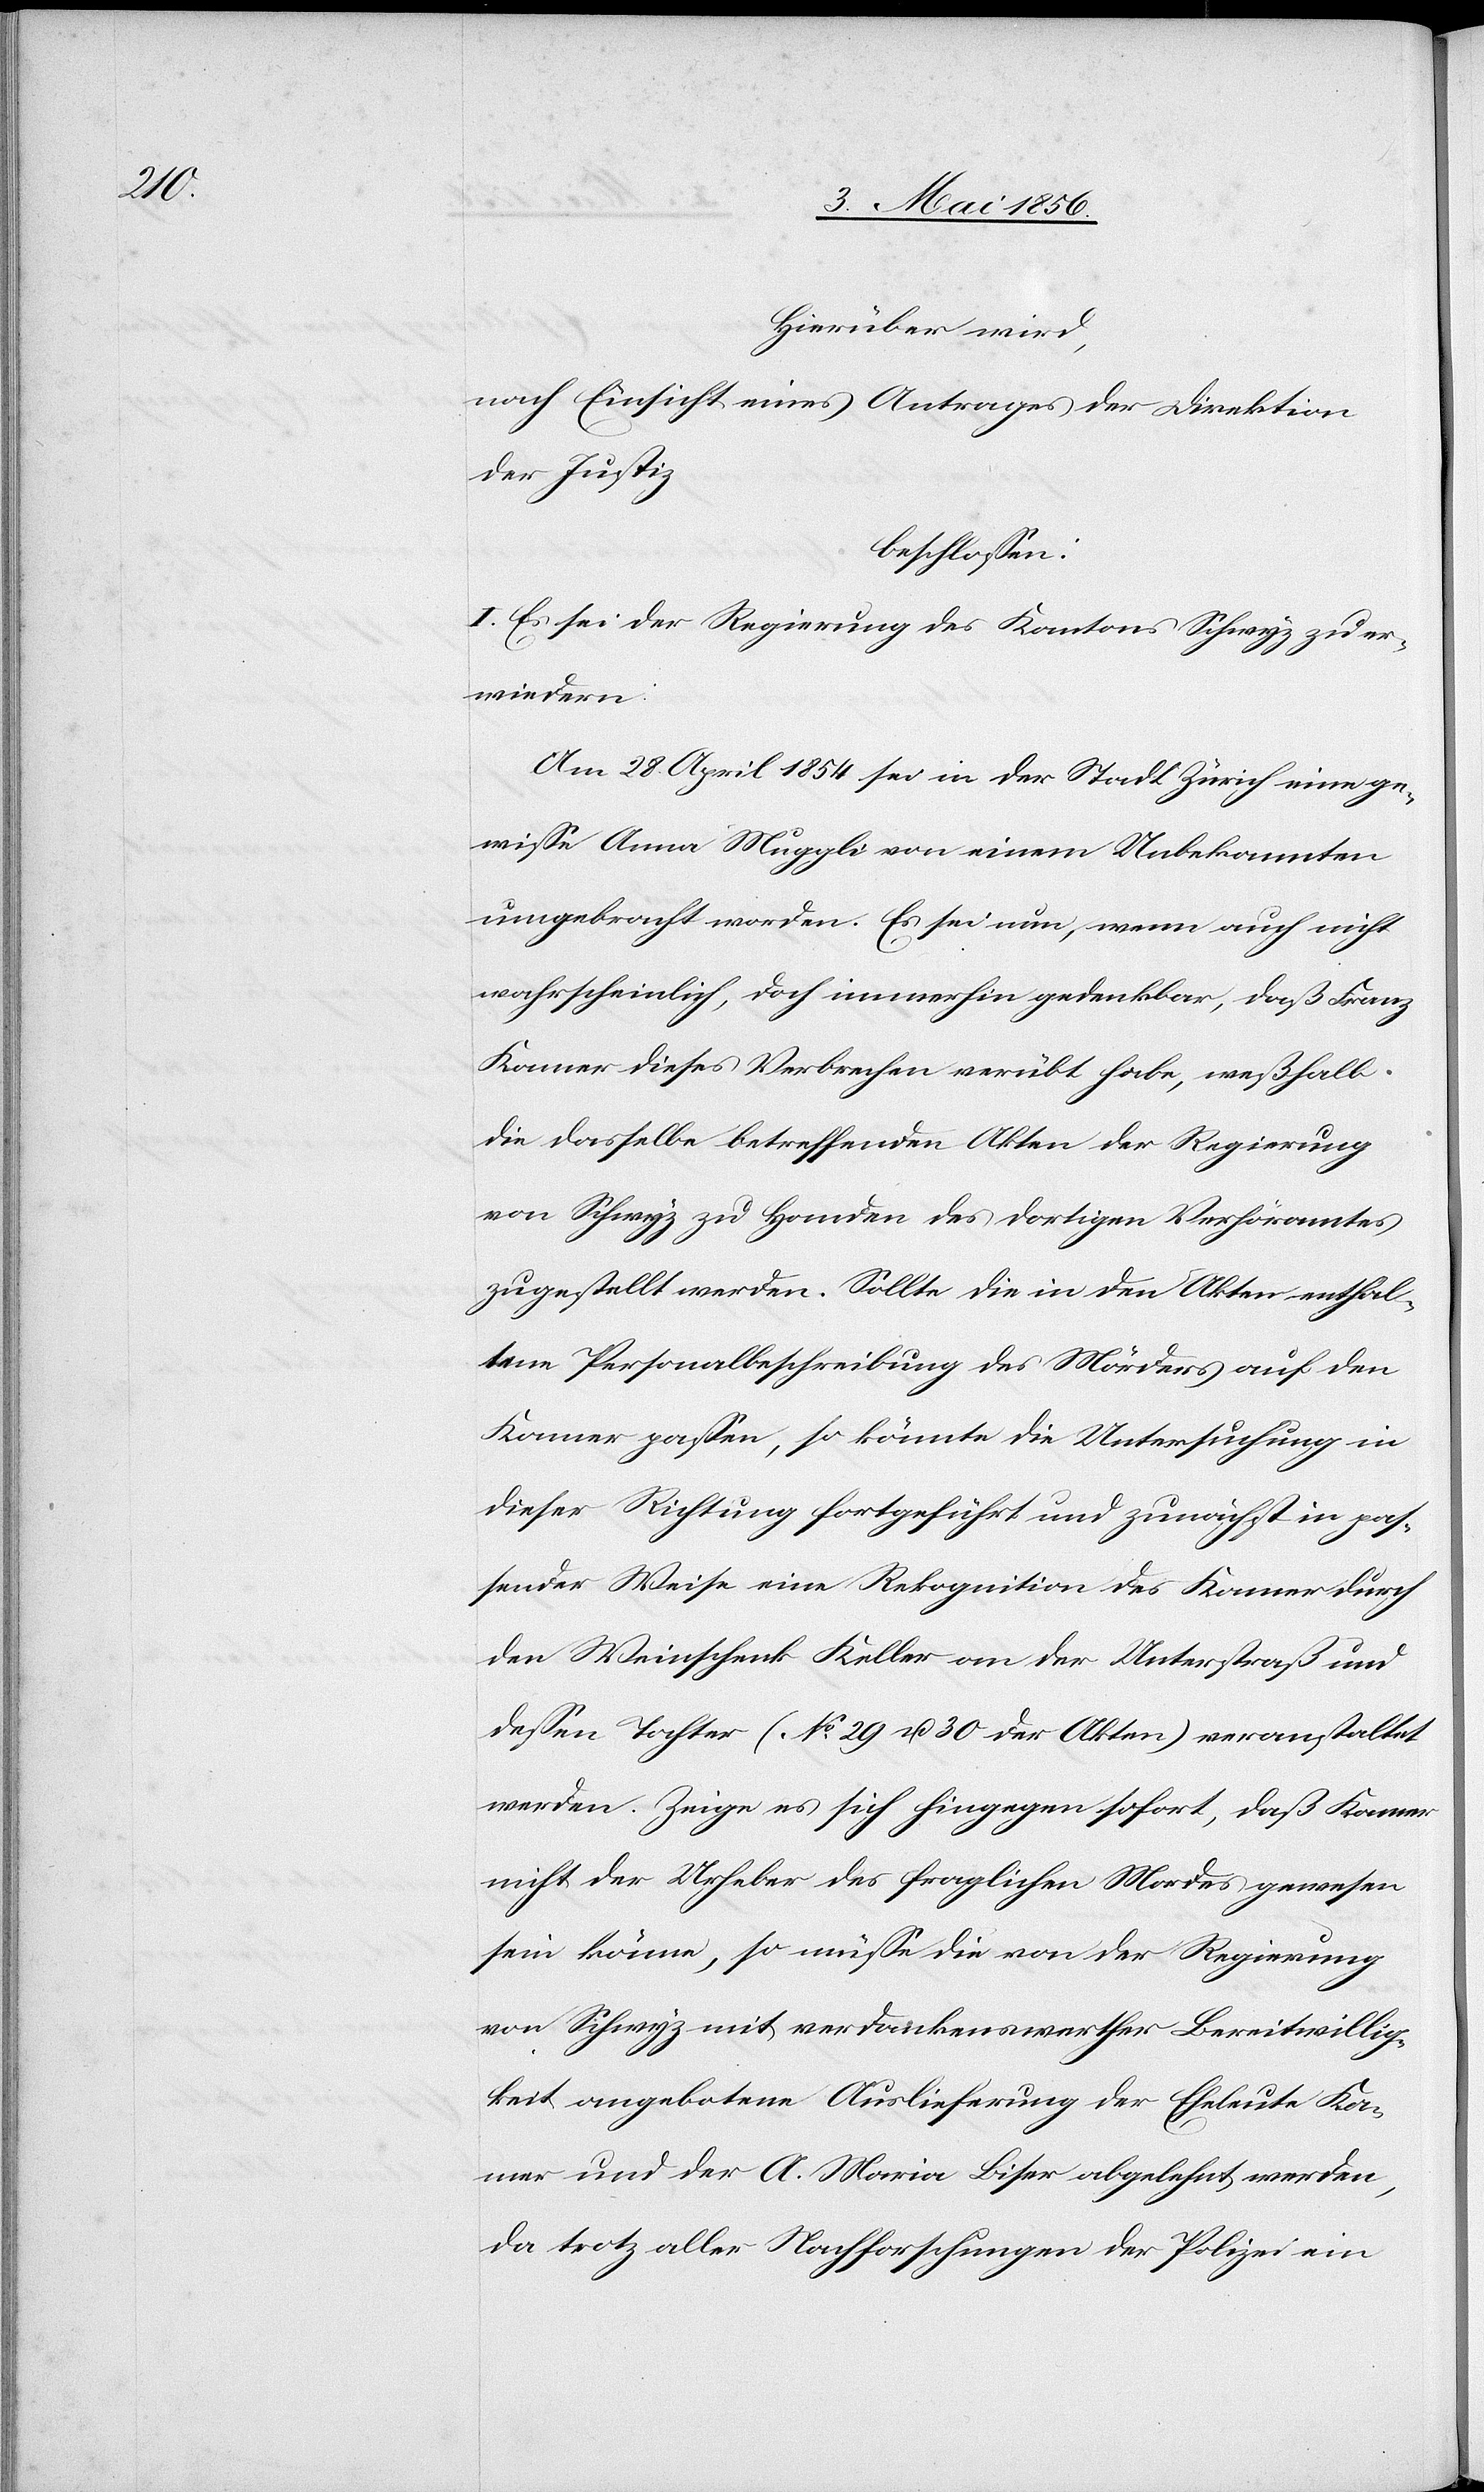
Hierüber wird,
nach Einsicht eines Antrages der Direktion
der Justiz
beschlossen:
I. Es sei der Regierung des Kantons Schwyz zu er¬
wiedern:
Am 28. April 1854 sei in der Stadt Zürich eine ge¬
wisse Anna Muggli von einem Unbekannten
umgebracht worden. Es sei nun, wenn auch nicht
wahrscheinlich, doch immerhin gedenkbar, daß Franz
Kamer dieses Verbrechen verübt habe, weßhalb
die dasselbe betreffenden Akten der Regierung
von Schwyz zu Handen des dortigen Verhöramtes
zugestellt werden. Sollte die in den Akten enthal¬
tene Personalbeschreibung des Mörders auf den
Kamer passen, so könnte die Untersuchung in
dieser Richtung fortgeführt und zunächst in pas¬
sender Weise eine Rekognition des Kamer durch
den Weinschenk Keller an der Unterstraß und
dessen Tochter (No 29 u. 30 der Akten) veranstaltet
werden. Zeige es sich hingegen sofort, das Kamer
nicht der Urheber des fraglichen Mordes gewesen
sein könne, so müsse die von der Regierung
von Schwyz mit verdankenswerther Bereitwillig¬
keit angebotene Auslieferung der Eheleute Ka¬
mer und der A. Maria Biser abgelehnt werden,
da trotz aller Nachforschungen der Polizei ein